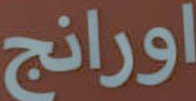
اورانج